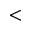
<